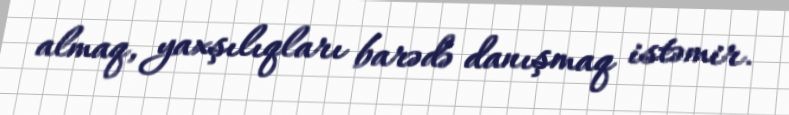
almaq, yaxşılıqları barədə danışmaq istəmir.